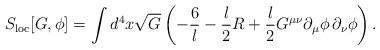
LaTeX: \begin{align*}S_{{\rm loc}}[G,\phi]=\int d^4x\sqrt{G}\left( -\frac{6}{l}-{l\over 2}R +{l\over 2}G^{\mu\nu}\partial_{\mu}\phi\,\partial_{\nu}\phi\right).\end{align*}